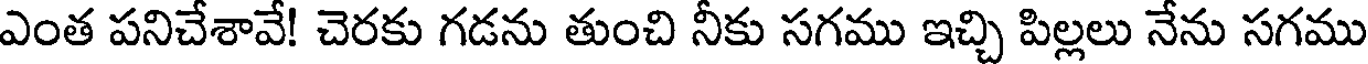
ఎంత పనిచేశావే! చెరకు గడను తుంచి నీకు సగము ఇచ్చి పిల్లలు నేను సగము